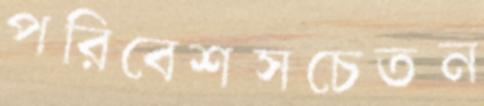
পরিবেশসচেতন